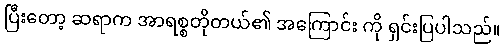
ပြီးတော့ ဆရာက အာရစ္စတိုတယ်၏ အကြောင်း ကို ရှင်းပြပါသည်။